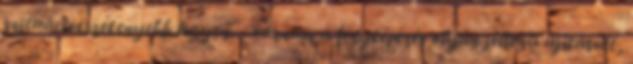
szituációérzékenyebb legyen. - várnám a fényképezés olyan jellegű újításait,